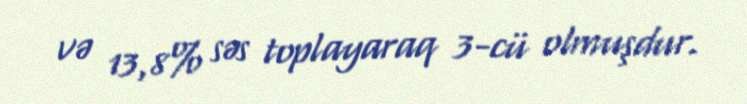
və 13,8% səs toplayaraq 3-cü olmuşdur.